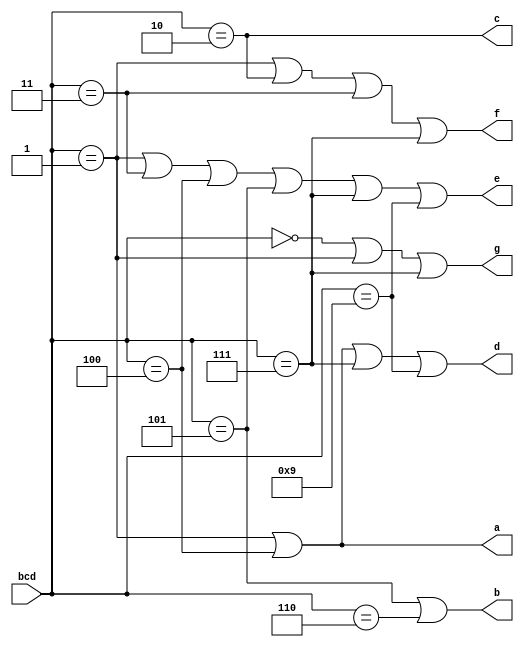
// This program was cloned from: https://github.com/aolofsson/oh
// License: MIT License

//#############################################################################
//# Function: BCD Seven Segment Decoder                                       #
//#############################################################################
//# Author:   Andreas Olofsson                                                #
//# License:  MIT (see LICENSE file in OH! repository)                        #
//#############################################################################

module oh_7seg_decode
  (
    input [3:0] bcd, // 0-9
    output 	a,   // a segment (1=0ff)
    output 	b,   // b segment
    output 	c,   // c segment
    output 	d,   // d segment
    output 	e,   // e segment
    output 	f,   // f segment
    output 	g    // g segment
    );

   assign a = (bcd[3:0] == 4'h1) | (bcd[3:0] == 4'h4);

   assign b = (bcd[3:0] == 4'h5) | (bcd[3:0] == 4'h6);

   assign c = (bcd[3:0] == 4'h2);

   assign d = (bcd[3:0] == 4'h1) | (bcd[3:0] == 4'h4)|
              (bcd[3:0] == 4'h7) | (bcd[3:0] == 4'h9);

   assign e = (bcd[3:0] == 4'h1) | (bcd[3:0] == 4'h3)|
	      (bcd[3:0] == 4'h4) | (bcd[3:0] == 4'h5)|
	      (bcd[3:0] == 4'h7) | (bcd[3:0] == 4'h9);

   assign f = (bcd[3:0] == 4'h1) | (bcd[3:0] == 4'h2)|
	      (bcd[3:0] == 4'h3) | (bcd[3:0] == 4'h7);


   assign g = (bcd[3:0] == 4'h0) | (bcd[3:0] == 4'h1) |
	      (bcd[3:0] == 4'h7);

endmodule